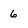
Character: 6